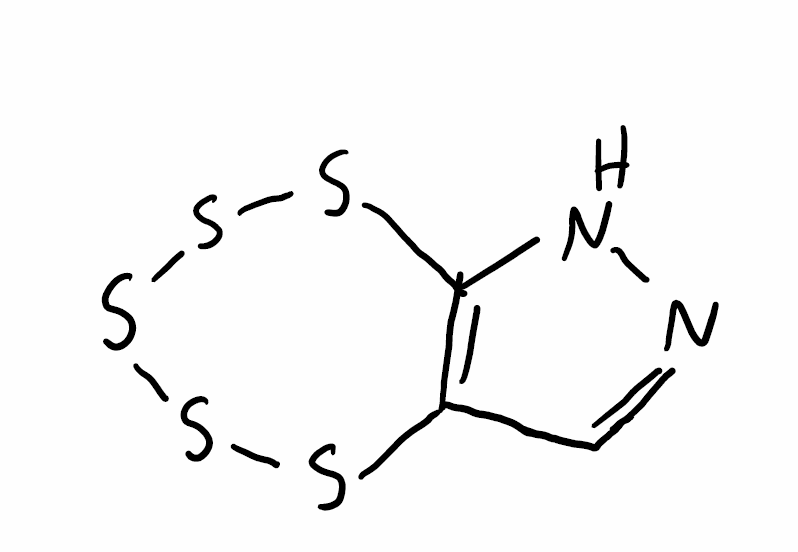
Simplified molecular-input line-entry system (SMILES) notation of the given molecule:
C1=NNC2=C1SSSSS2